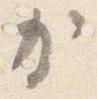
か